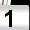
Digit: 1